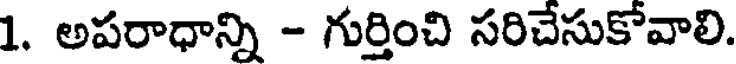
1. అపరాధాన్ని - గుర్తించి సరిచేసుకోవాలి.